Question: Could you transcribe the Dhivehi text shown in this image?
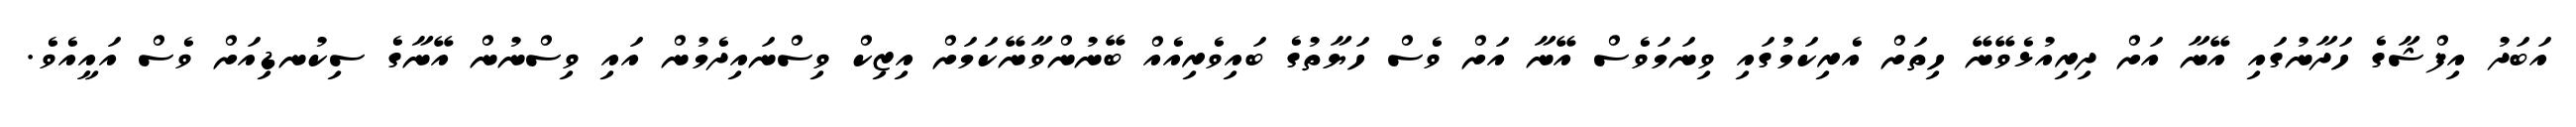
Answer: އަބަދު އިފްޝާގެ ހަދާނުގައި އޭނާ އަށް ދިރިއުޅެވޭނޭ ހިތަށް އެރިކަމުގައި ވިނަމަވެސް އޭނާ އަށް ވެސް ހަޔާތުގެ ބައިވެރިއެއް ބޭނުންވާނޭކަމަށް އިޒިކް ވިސްނައިދެމުން އައި ވިސްނުން އޭނާގެ ސިކުނޑިއަށް ވެސް އައީއެވެ.